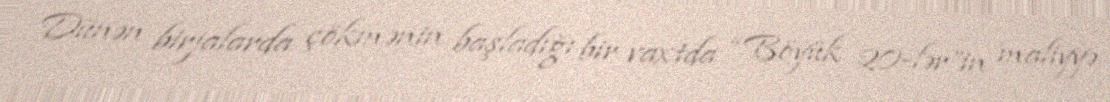
Dünən birjalarda çökmənin başladığı bir vaxtda “Böyük 20-lər”in maliyyə